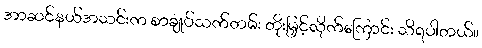
အာဆင်နယ်အသင်းက စာချုပ်သက်တမ်း တိုးမြှင့်လိုက်ကြောင်း သိရပါတယ်။